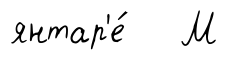
янтар'е́ М